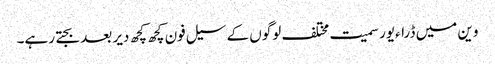
وین میں ڈراءیور سمیت مختلف لوگوں کے سیل فون کچھ کچھ دیر بعد بجتے رہے۔